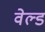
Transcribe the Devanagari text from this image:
वेल्‍ड